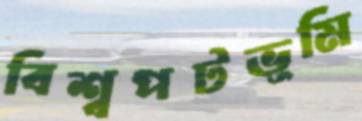
বিশ্বপটভূমি